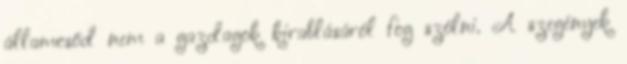
államcsőd nem a gazdagok kirablásáról fog szólni. A szegények